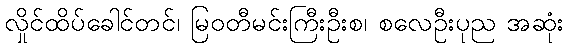
လှိုင်ထိပ်ခေါင်တင်၊ မြဝတီမင်းကြီးဦးစ၊ စလေဦးပုည အဆုံး